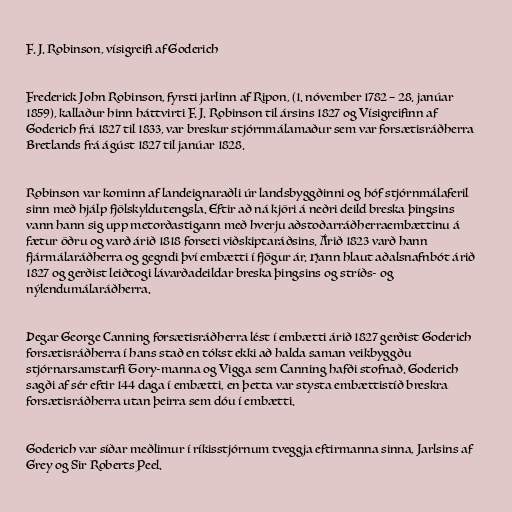
F. J. Robinson, vísigreifi af Goderich

Frederick John Robinson, fyrsti jarlinn af Ripon, (1. nóvember 1782 – 28. janúar
1859), kallaður hinn háttvirti F. J. Robinson til ársins 1827 og Vísigreifinn af
Goderich frá 1827 til 1833, var breskur stjórnmálamaður sem var forsætisráðherra
Bretlands frá ágúst 1827 til janúar 1828.

Robinson var kominn af landeignaraðli úr landsbyggðinni og hóf stjórnmálaferil
sinn með hjálp fjölskyldutengsla. Eftir að ná kjöri á neðri deild breska þingsins
vann hann sig upp metorðastigann með hverju aðstoðarráðherraembættinu á
fætur öðru og varð árið 1818 forseti viðskiptaráðsins. Árið 1823 varð hann
fjármálaráðherra og gegndi því embætti í fjögur ár. Hann hlaut aðalsnafnbót árið
1827 og gerðist leiðtogi lávarðadeildar breska þingsins og stríðs- og
nýlendumálaráðherra.

Þegar George Canning forsætisráðherra lést í embætti árið 1827 gerðist Goderich
forsætisráðherra í hans stað en tókst ekki að halda saman veikbyggðu
stjórnarsamstarfi Tory-manna og Vigga sem Canning hafði stofnað. Goderich
sagði af sér eftir 144 daga í embætti, en þetta var stysta embættistíð breskra
forsætisráðherra utan þeirra sem dóu í embætti.

Goderich var síðar meðlimur í ríkisstjórnum tveggja eftirmanna sinna, Jarlsins af
Grey og Sir Roberts Peel.